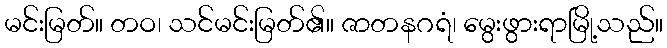
မင်းမြတ်။ တဝ၊ သင်မင်းမြတ်၏။ ဇာတနဂရံ၊ မွေးဖွားရာမြို့သည်။